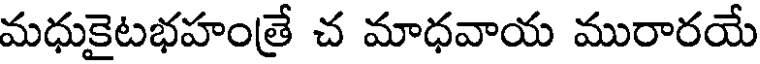
మధుకైటభహంత్రే చ మాధవాయ మురారయే